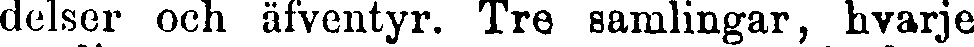
delser och äfventyr. Tre samlingar, hvarje